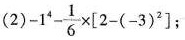
(2)$$- 1 ^ { 4 } - \frac { 1 } { 6 } \times